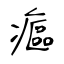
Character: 𤹪